Senior Leaving Certificate Examination (including Day School Certificate (Higher) General paper), 1947
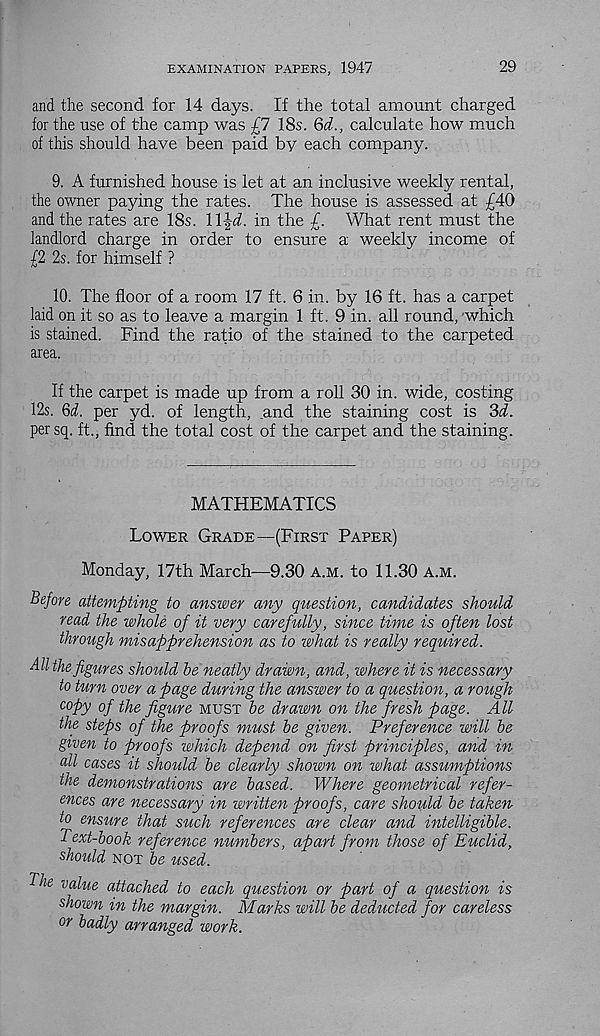
EXAMINATION PAPERS, 1947
29
and the second for 14 days. If the total amount charged
for the use of the camp was £7 18s. Qd., calculate how much
of this should have been paid by each company.
9. A furnished house is let at an inclusive weekly rental,
the owner paying the rates. The house is assessed at £40
and the rates are 18s. \\\d. in the £. What rent must the
landlord charge in order to ensure a weekly income of
£2 2s. for himself ?
10. The floor of a room 17 ft. 6 in. by 16 ft. has a carpet
laid on it so as to leave a margin 1 ft. 9 in. all round, which
is stained. Find the ratio of the stained to the carpeted
area.
If the carpet is made up from a roll 30 in. wide, costing
12s. 6A per yd. of length, and the staining cost is 3A
per sq. ft., find the total cost of the carpet and the staining.
MATHEMATICS
Lower Grade—(First Paper)
Monday, 17th March—9.30 a.m. to 11.30 a.m.
Before attempting to answer any question, candidates should
read the whole of it very carefully, since time is often lost
through misapprehension as to what is really required.
All the figures should he neatly drawn, and, where it is necessary
to turn over a page during the answer to a question, a rough
copy of the figure must he drawn on the fresh page. All
the steps of the proofs must he given. Preference will he
given to proofs which depend on first principles, and in
all cases it should he clearly shown on what assumptions
the demonstrations are based. Where geometrical refer-
ences are necessary in written proofs, care should he taken
to ensure that such references are clear and intelligible.
Text-hook reference numbers, apart from those of Euclid,
should not he used.
The value attached to each question or part of a question is
shown in the margin. Marks will he deducted for careless
or badly arranged work.